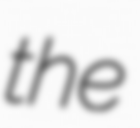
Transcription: the